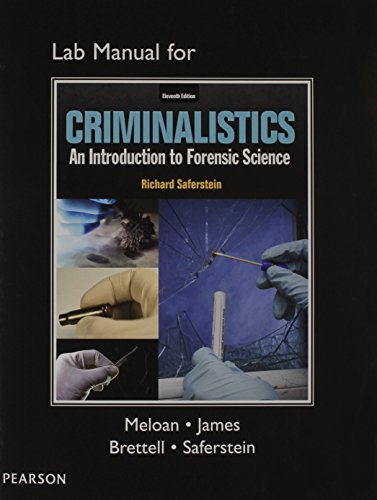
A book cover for Lab Manual for Criminalistics: An Introduction to Forensic Science; Richard Saferstein; Law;